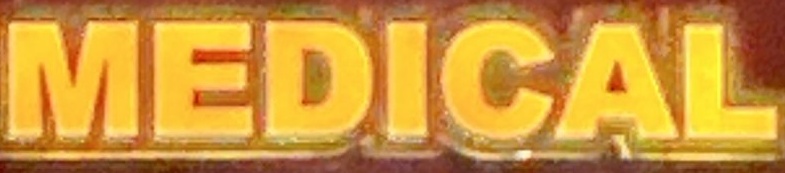
MEDICAL